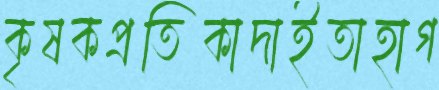
কৃষকপ্রতিকাদাইতাহাগ